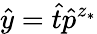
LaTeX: \hat{y}=\hat{t}\hat{p}^{z_{*}}